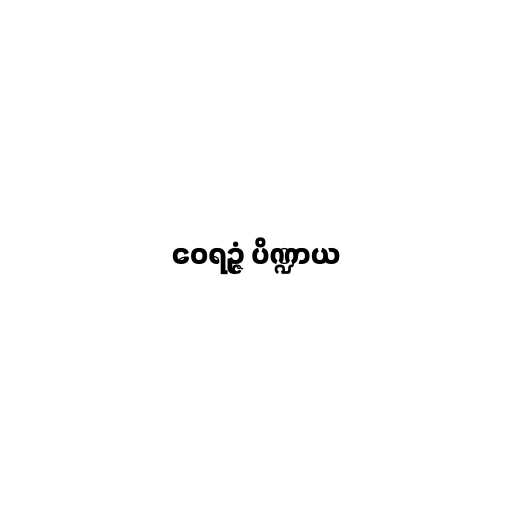
ဝေရဉ္ဇံ ပိဏ္ဍာယ